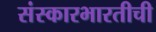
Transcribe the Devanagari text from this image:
संस्कारभारतीची